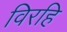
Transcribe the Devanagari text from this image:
विरहि